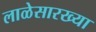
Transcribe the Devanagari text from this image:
लाळेसारख्या